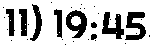
11) 19:45